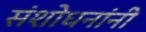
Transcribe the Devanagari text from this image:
संशोधनांनी